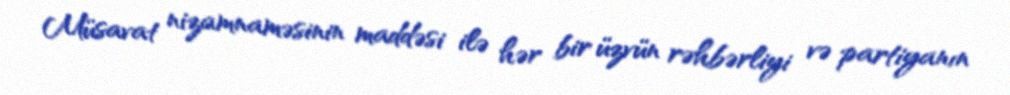
Müsavat nizamnaməsinin maddəsi ilə hər bir üzvün rəhbərliyi və partiyanın